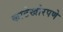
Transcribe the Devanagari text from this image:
काटेखोरपणे